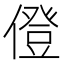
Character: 僜